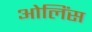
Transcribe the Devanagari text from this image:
ओलिंस